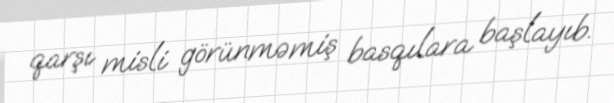
qarşı misli görünməmiş basqılara başlayıb.